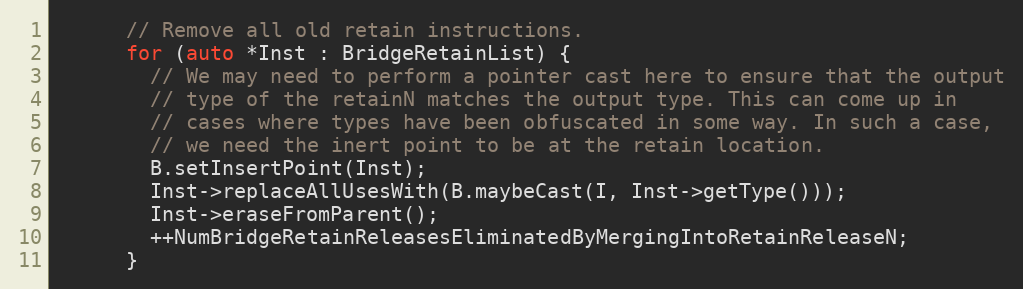
Language: C++
      // Remove all old retain instructions.
      for (auto *Inst : BridgeRetainList) {
        // We may need to perform a pointer cast here to ensure that the output
        // type of the retainN matches the output type. This can come up in
        // cases where types have been obfuscated in some way. In such a case,
        // we need the inert point to be at the retain location.
        B.setInsertPoint(Inst);
        Inst->replaceAllUsesWith(B.maybeCast(I, Inst->getType()));
        Inst->eraseFromParent();
        ++NumBridgeRetainReleasesEliminatedByMergingIntoRetainReleaseN;
      }